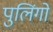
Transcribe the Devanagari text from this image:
पुलिंगों